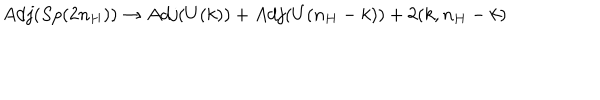
A d j ( S p ( 2 n _ { H } ) ) \to A d j ( U ( k ) ) + A d j ( U ( n _ { H } - k ) ) + 2 ( k , n _ { H } - k )